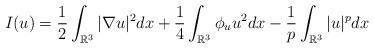
LaTeX: \begin{align*}I(u)=\frac{1}{2}\int_{\mathbb{R}^{3}}|\nabla u|^{2}dx+\frac{1}{4}\int_{\mathbb{R}^{3}}\phi_{u}u^{2}dx-\frac{1}{p}\int_{\mathbb{R}^{3}}|u|^{p}dx\end{align*}